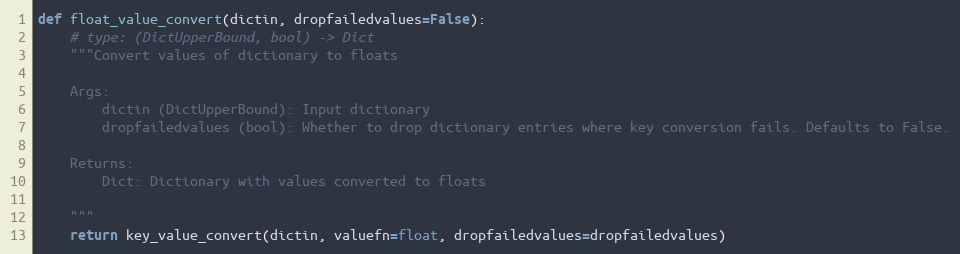
Language: Python
def float_value_convert(dictin, dropfailedvalues=False):
    # type: (DictUpperBound, bool) -> Dict
    """Convert values of dictionary to floats

    Args:
        dictin (DictUpperBound): Input dictionary
        dropfailedvalues (bool): Whether to drop dictionary entries where key conversion fails. Defaults to False.

    Returns:
        Dict: Dictionary with values converted to floats

    """
    return key_value_convert(dictin, valuefn=float, dropfailedvalues=dropfailedvalues)